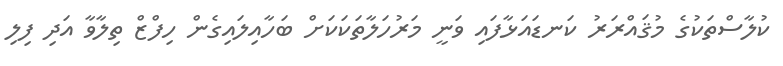
ކުލާސްތަކުގެ މުޤައްރަރު ކަނޑައަޅާފައި ވަނީ މަރުހަލާތަކަކަށް ބަހާއިލައިގެން ހިފްޒް ތިލާވާ އަދި ފިލި